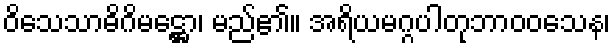
ဝိသေသာဓိဂိမဋ္ဌော၊ မည်၏။ အရိယမဂ္ဂပါတုဘာဝဝသေန၊